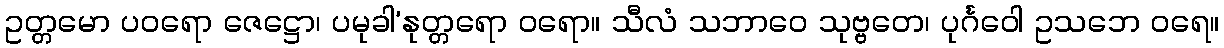
ဥတ္တမော ပဝရော ဇေဋ္ဌော၊ ပမုခါ’နုတ္တရော ဝရော။ သီလံ သဘာဝေ သုဗ္ဗတေ၊ ပုင်္ဂဝေါ ဥသဘေ ဝရေ။